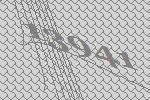
13941